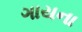
ગાયના